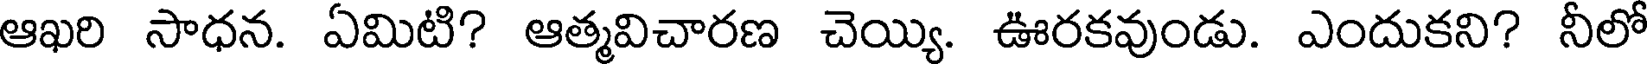
ఆఖరి సాధన. ఏమిటి? ఆత్మవిచారణ చెయ్యి. ఊరకవుండు. ఎందుకని? నీలో